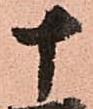
十